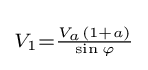
\scriptstyle V_{1}={\frac {V_{a}(1+a)}{\sin \varphi }}